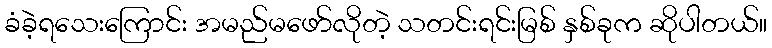
ခံခဲ့ရသေးကြောင်း အမည်မဖော်လိုတဲ့ သတင်းရင်းမြစ် နှစ်ခုက ဆိုပါတယ်။